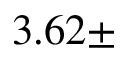
3 . 6 2 \pm